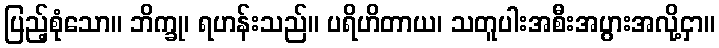
ပြည့်စုံသော။ ဘိက္ခု၊ ရဟန်းသည်။ ပရိဟိတာယ၊ သတူပါးအစီးအပွားအလို့ငှာ။